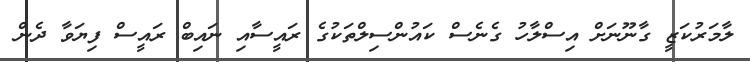
ލާމަރުކަޒީ ގާނޫނަށް އިސްލާހު ގެނެސް ކައުންސިލްތަކުގެ ރައީސާއި ނައިބް ރައީސް ފިޔަވާ ދެން